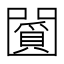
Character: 𠚞